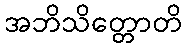
အဘိသိတ္တောတိ